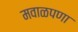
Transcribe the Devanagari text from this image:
मवाळपणा